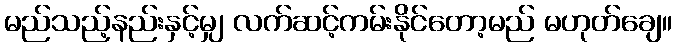
မည်သည့်နည်းနှင့်မျှ လက်ဆင့်ကမ်းနိုင်တော့မည် မဟုတ်ချေ။